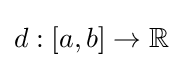
d:[a,b]\rightarrow \mathbb {R}